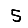
Digit: 5